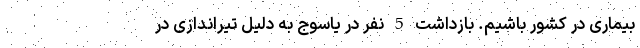
بیماری در کشور باشیم. بازداشت 5 نفر در یاسوج به دلیل تیراندازی در